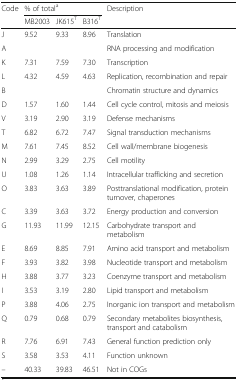
<table><thead><tr><td rowspan="2"><b>Code</b></td><td colspan="3"><b>% of total<sup>a</sup></b></td><td rowspan="2"><b>Description</b></td></tr><tr><td><b>MB2003</b></td><td><b>JK615<sup>T</sup></b></td><td><b>B316<sup>T</sup></b></td></tr></thead><tbody><tr><td>J</td><td>9.52</td><td>9.33</td><td>8.96</td><td>Translation</td></tr><tr><td>A</td><td></td><td></td><td></td><td>RNA processing and modification</td></tr><tr><td>K</td><td>7.31</td><td>7.59</td><td>7.30</td><td>Transcription</td></tr><tr><td>L</td><td>4.32</td><td>4.59</td><td>4.63</td><td>Replication, recombination and repair</td></tr><tr><td>B</td><td></td><td></td><td></td><td>Chromatin structure and dynamics</td></tr><tr><td>D</td><td>1.57</td><td>1.60</td><td>1.44</td><td>Cell cycle control, mitosis and meiosis</td></tr><tr><td>V</td><td>3.19</td><td>2.90</td><td>3.19</td><td>Defense mechanisms</td></tr><tr><td>T</td><td>6.82</td><td>6.72</td><td>7.47</td><td>Signal transduction mechanisms</td></tr><tr><td>M</td><td>7.61</td><td>7.45</td><td>8.52</td><td>Cell wall/membrane biogenesis</td></tr><tr><td>N</td><td>2.99</td><td>3.29</td><td>2.75</td><td>Cell motility</td></tr><tr><td>U</td><td>1.08</td><td>1.26</td><td>1.14</td><td>Intracellular trafficking and secretion</td></tr><tr><td>O</td><td>3.83</td><td>3.63</td><td>3.89</td><td>Posttranslational modification, protein turnover, chaperones</td></tr><tr><td>C</td><td>3.39</td><td>3.63</td><td>3.72</td><td>Energy production and conversion</td></tr><tr><td>G</td><td>11.93</td><td>11.99</td><td>12.15</td><td>Carbohydrate transport and metabolism</td></tr><tr><td>E</td><td>8.69</td><td>8.85</td><td>7.91</td><td>Amino acid transport and metabolism</td></tr><tr><td>F</td><td>3.93</td><td>3.82</td><td>3.98</td><td>Nucleotide transport and metabolism</td></tr><tr><td>H</td><td>3.88</td><td>3.77</td><td>3.23</td><td>Coenzyme transport and metabolism</td></tr><tr><td>I</td><td>3.53</td><td>3.19</td><td>2.80</td><td>Lipid transport and metabolism</td></tr><tr><td>P</td><td>3.88</td><td>4.06</td><td>2.75</td><td>Inorganic ion transport and metabolism</td></tr><tr><td>Q</td><td>0.79</td><td>0.68</td><td>0.79</td><td>Secondary metabolites biosynthesis, transport and catabolism</td></tr><tr><td>R</td><td>7.76</td><td>6.91</td><td>7.43</td><td>General function prediction only</td></tr><tr><td>S</td><td>3.58</td><td>3.53</td><td>4.11</td><td>Function unknown</td></tr><tr><td>–</td><td>40.33</td><td>39.83</td><td>46.51</td><td>Not in COGs</td></tr></tbody></table>